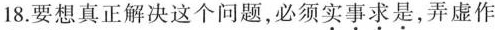
18.要想真正解决这个问题，必须实事求是，弄虚作